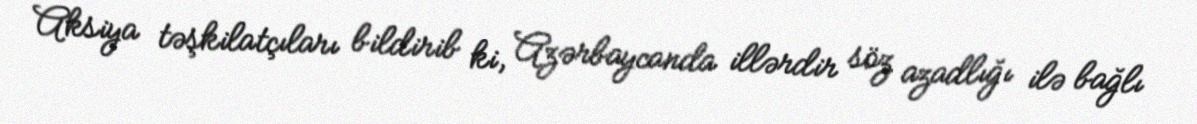
Aksiya təşkilatçıları bildirib ki, Azərbaycanda illərdir söz azadlığı ilə bağlı